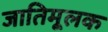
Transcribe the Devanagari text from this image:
जातिमूलक